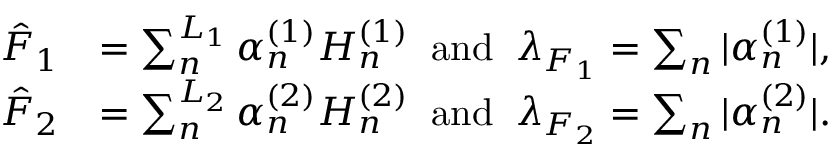
\begin{array} { r l } { \hat { F } _ { 1 } } & { = \sum _ { n } ^ { L _ { 1 } } \alpha _ { n } ^ { ( 1 ) } H _ { n } ^ { ( 1 ) } \; \; \mathrm { a n d } \; \; \lambda _ { F _ { 1 } } = \sum _ { n } | \alpha _ { n } ^ { ( 1 ) } | , } \\ { \hat { F } _ { 2 } } & { = \sum _ { n } ^ { L _ { 2 } } \alpha _ { n } ^ { ( 2 ) } H _ { n } ^ { ( 2 ) } \; \; \mathrm { a n d } \; \; \lambda _ { F _ { 2 } } = \sum _ { n } | \alpha _ { n } ^ { ( 2 ) } | . } \end{array}